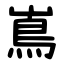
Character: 嶌